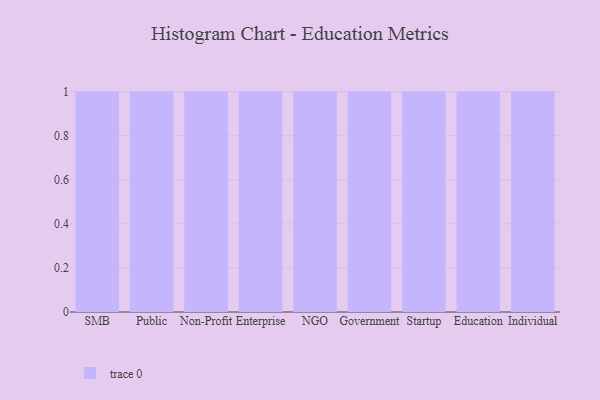
{"axis": {"x": "Segment", "y": "Latency (ms)"}, "legend": [""], "data": [{"x": "SMB", "y": 71, "type": ""}, {"x": "Public", "y": 17, "type": ""}, {"x": "Non-Profit", "y": 24, "type": ""}, {"x": "Enterprise", "y": 68, "type": ""}, {"x": "NGO", "y": 78, "type": ""}, {"x": "Government", "y": 30, "type": ""}, {"x": "Startup", "y": 18, "type": ""}, {"x": "Education", "y": 86, "type": ""}, {"x": "Individual", "y": 27, "type": ""}]}